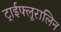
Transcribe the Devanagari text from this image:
ट्राईफ्लूरालिन